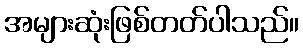
အများဆုံးဖြစ်တတ်ပါသည်။